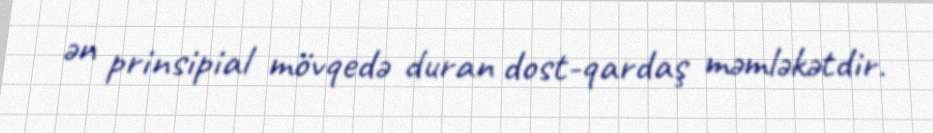
ən prinsipial mövqedə duran dost-qardaş məmləkətdir.